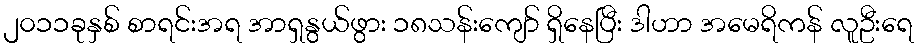
၂၀၁၁ခုနှစ် စာရင်းအရ အာရှနွယ်ဖွား ၁၈သန်းကျော် ရှိနေပြီး ဒါဟာ အမေရိကန် လူဦးရေ